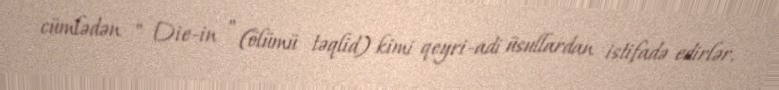
cümlədən " Die-in " (ölümü təqlid) kimi qeyri-adi üsullardan istifadə edirlər.